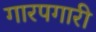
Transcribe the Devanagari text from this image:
गारपगारी